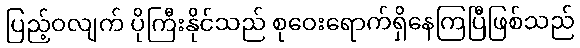
ပြည့်ဝလျက် ပိုကြီးနိုင်သည် စုဝေးရောက်ရှိနေကြပြီဖြစ်သည်